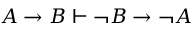
A \to B \vdash \lnot B \to \lnot A